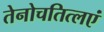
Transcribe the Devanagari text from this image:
तेनोचतित्लएं